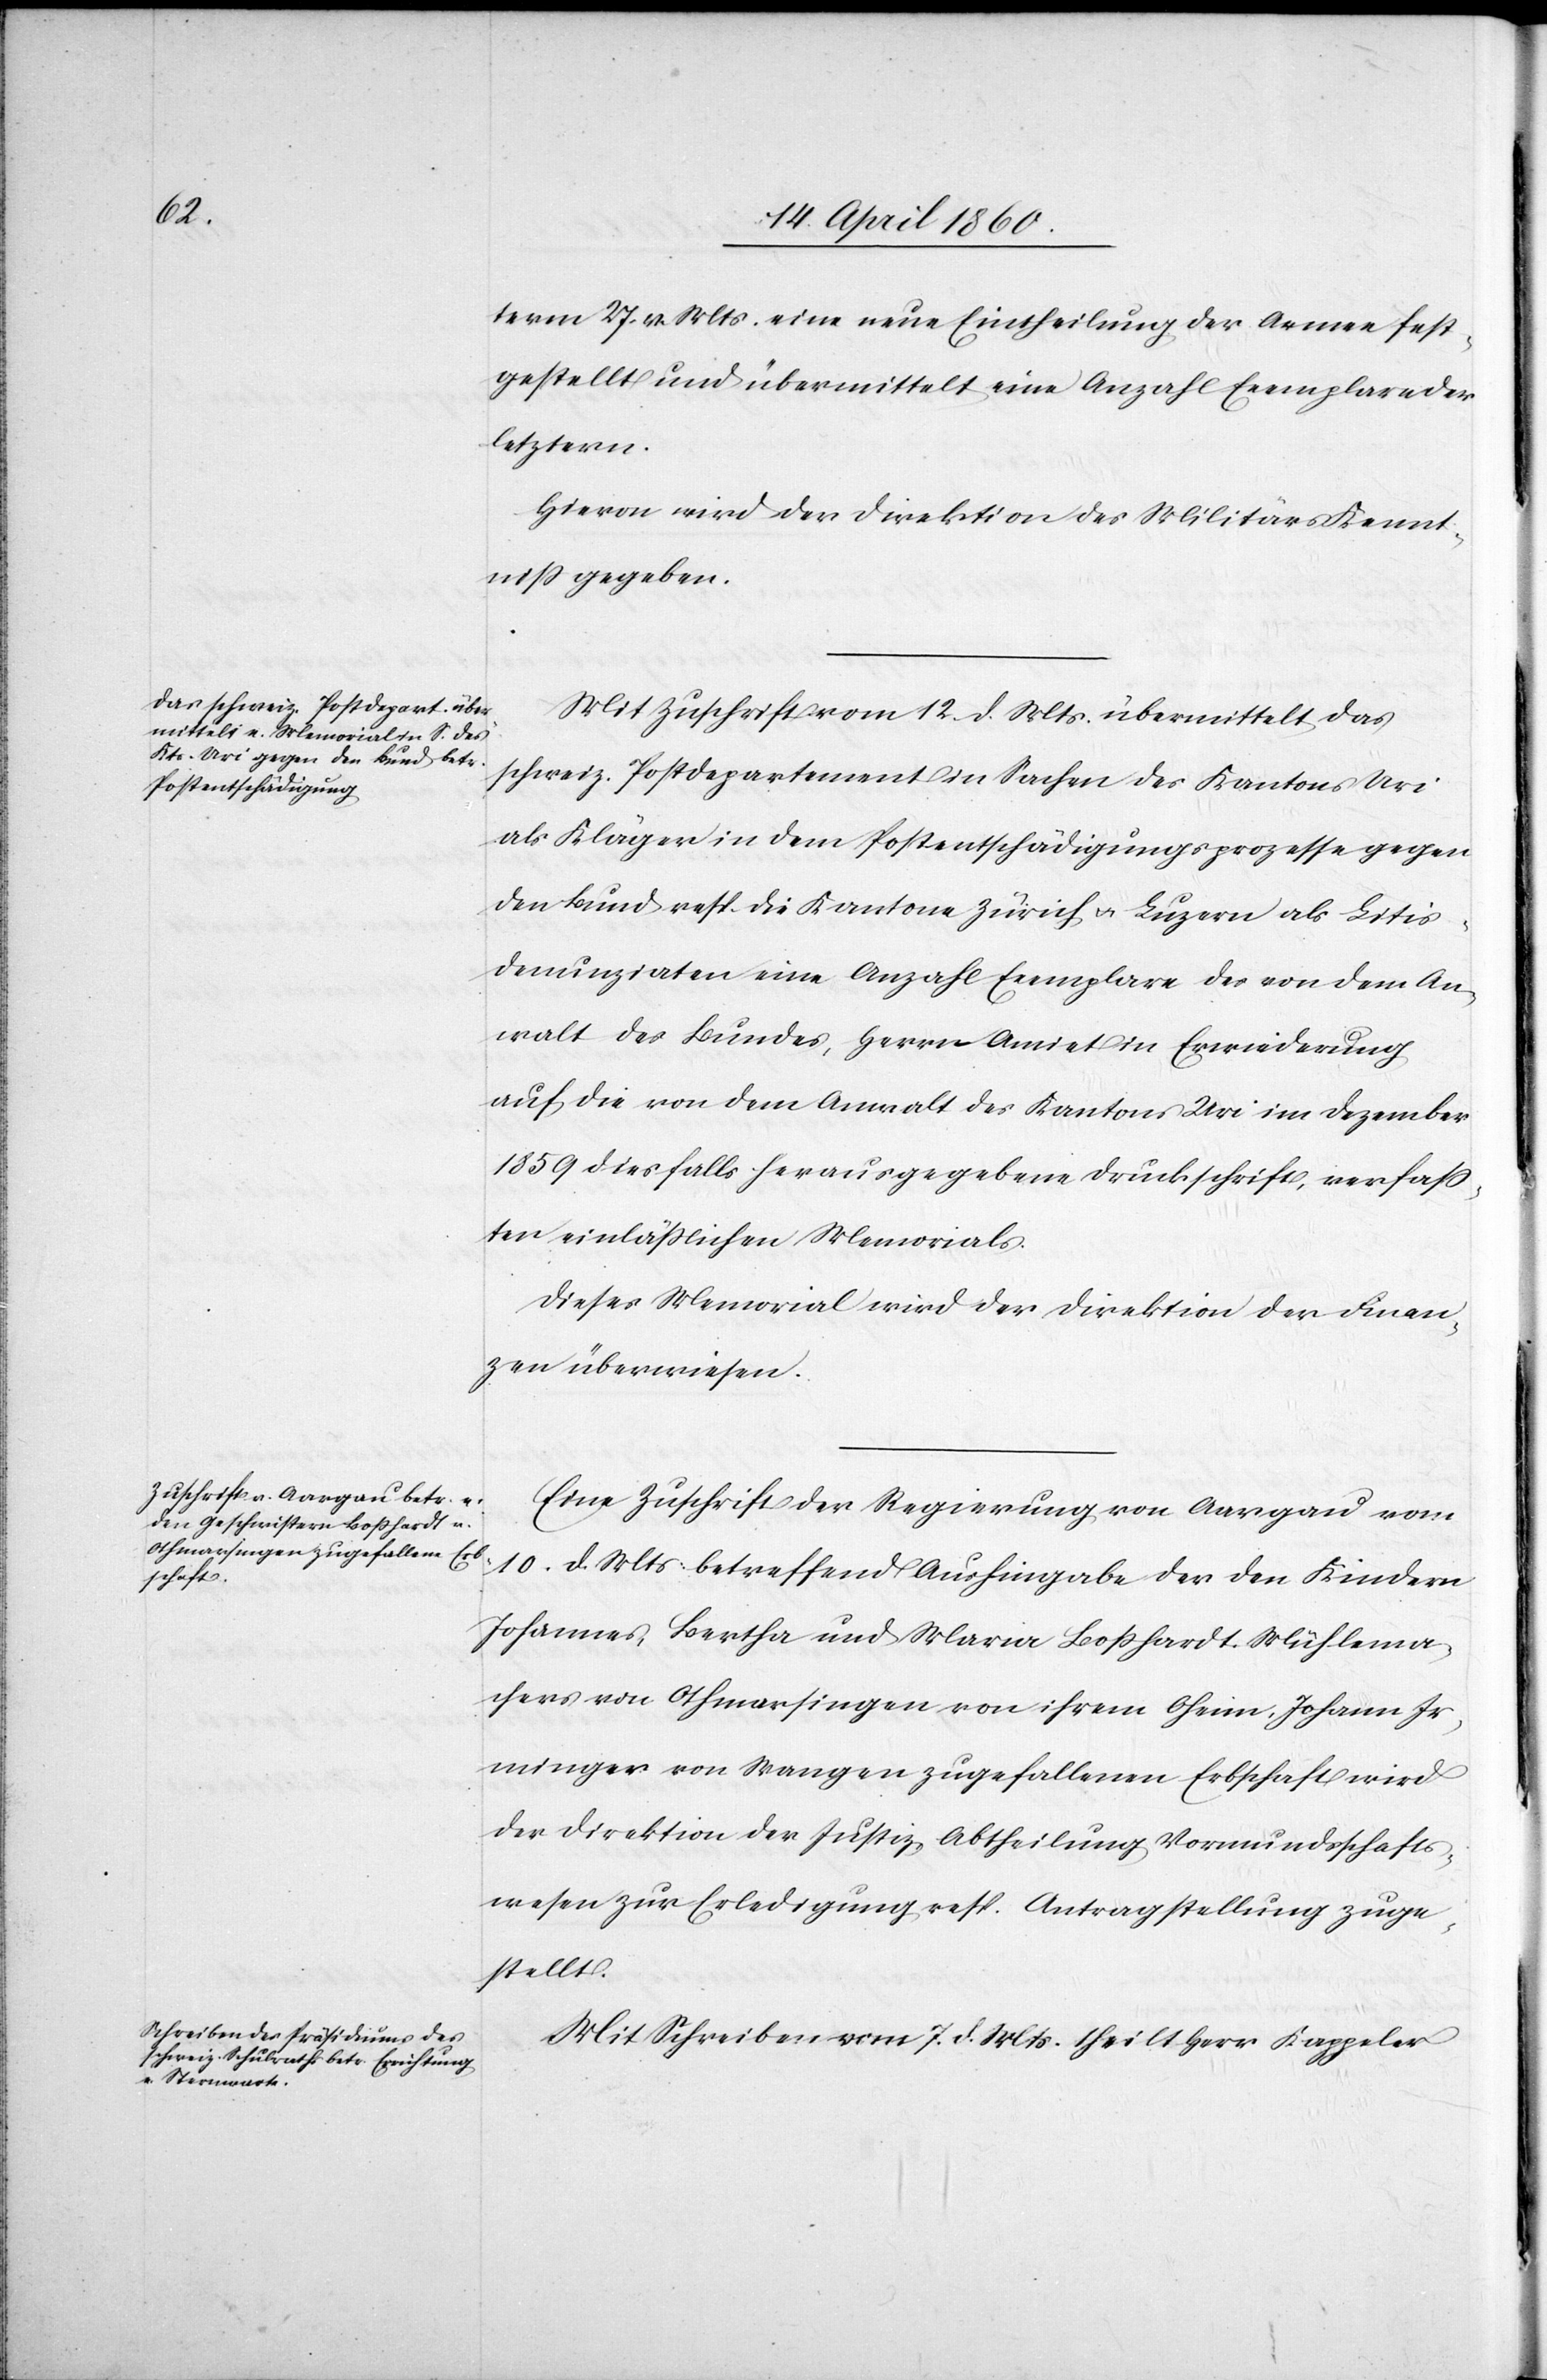
term 27. v. Mts. eine neue Eintheilung der Armee fest¬
gestellt und übermittelt eine Anzahl Ecemplare der
letztern.
Hievon wird der Direktion des Militärs Kennt¬
niss gegeben.
Mit Zuschrift vom 12. d. Mts. übermittelt das
schweiz. Postdepartement in Sachen des Kantons Uri
als Klägerin in dem Postentschädigungsprozesse gegen
den Bund resp. die Kantone Zürich u. Luzern als Litis¬
denunziaten eine Anzahl Exemplare des von dem An¬
walt des Bundes, Herrn Amiet in Erwiederung
auf die von dem Anwalt des Kantons Uri im Dezember
1859 diesfalls herausgegebene Druckschrift, verfass¬
ten einlässlichen Memorials.
Dieses Memorial wird der Direktion der Finan¬
zen überwiesen.
Eine Zuschrift der Regierung von Aargau vom
10. d. Mts. betreffend Aushingabe der den Kindern
Johannes, Bertha und Maria Bosshardt, Mühlema¬
chers von Othmarsingen von ihrem Oheim, Johann Ir¬
mingen von Wangen zugefallenen Erbschaft wird
der Direktion der Justiz, Abtheilung Vormundschafts¬
wesen zur Erledigung resp. Antragstellung zuge¬
stellt.
Mit Schreiben vom 7. d. Mts. theilt Herr Kappeler